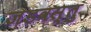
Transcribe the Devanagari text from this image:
जडवस्तु